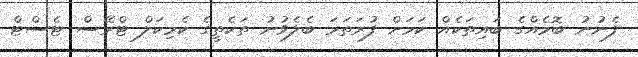
ފެނުނު ބޮމެއްގެ ބައިތަކެއް ކަމަށް ފުރަތަމަ ބެލެވުނު ތަކެތީގެ ކެމިކަލް ޓްރޭސް ޓެސްޓް